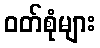
ဝတ်စုံများ